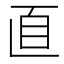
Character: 𦣽